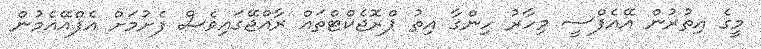
މީގެ އިތުރުން އޭއެފްސީ މިހާރު ހިންގާ އިތު ޕްރޮޖެކްޓްތައް ރާއްޖޭގައިވެސް ފެށުމަށް އެފްއޭއެމުން